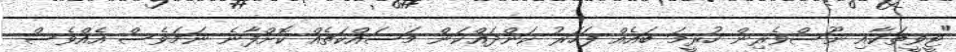
"ޓީވީތަކާއި ނޫސްވެރިން ހުރީމަ ބައެއް ފަހަރު ކަންދައްކަން މަސައްކަތެއް ކޮށްފާނެ ނަމަވެސް އެއްވެސް